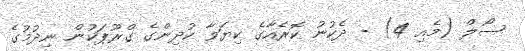
ސޯލް (މެެއި 4) - ދެކުނު ކޮރެއާގެ ކިޔަވާ ކުދިންގެ ގްރޫޕަކުން ނިދުމުގެ